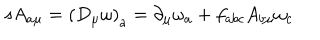
s A _ { a \mu } = \left( D _ { \mu } \omega \right) _ { a } = \partial _ { \mu } \omega _ { a } + f _ { a b c } A _ { b \mu } \omega _ { c }